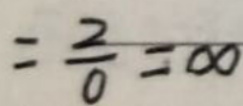
$= \frac{2}{0} = \infty$